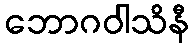
ဘောဂဝါသိနီ